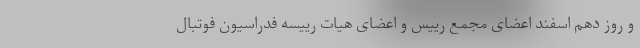
و روز دهم اسفند اعضای مجمع رییس و اعضای هیات رییسه فدراسیون فوتبال